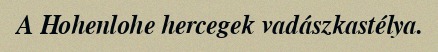
A Hohenlohe hercegek vadászkastélya.